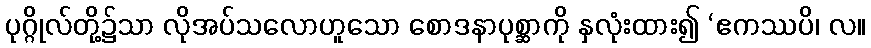
ပုဂ္ဂိုလ်တို့၌သာ လိုအပ်သလောဟူသော စောဒနာပုစ္ဆာကို နှလုံးထား၍ ‘ဧကဿပိ၊ လ။